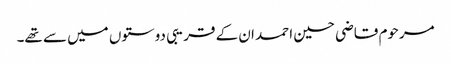
مرحوم قاضی حسین احمد ان کے قریبی دوستوں میں سے تھے۔